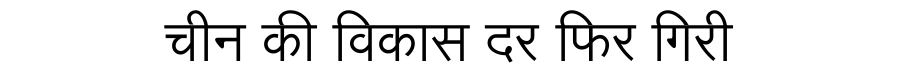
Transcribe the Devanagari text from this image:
चीन की विकास दर फिर गिरी